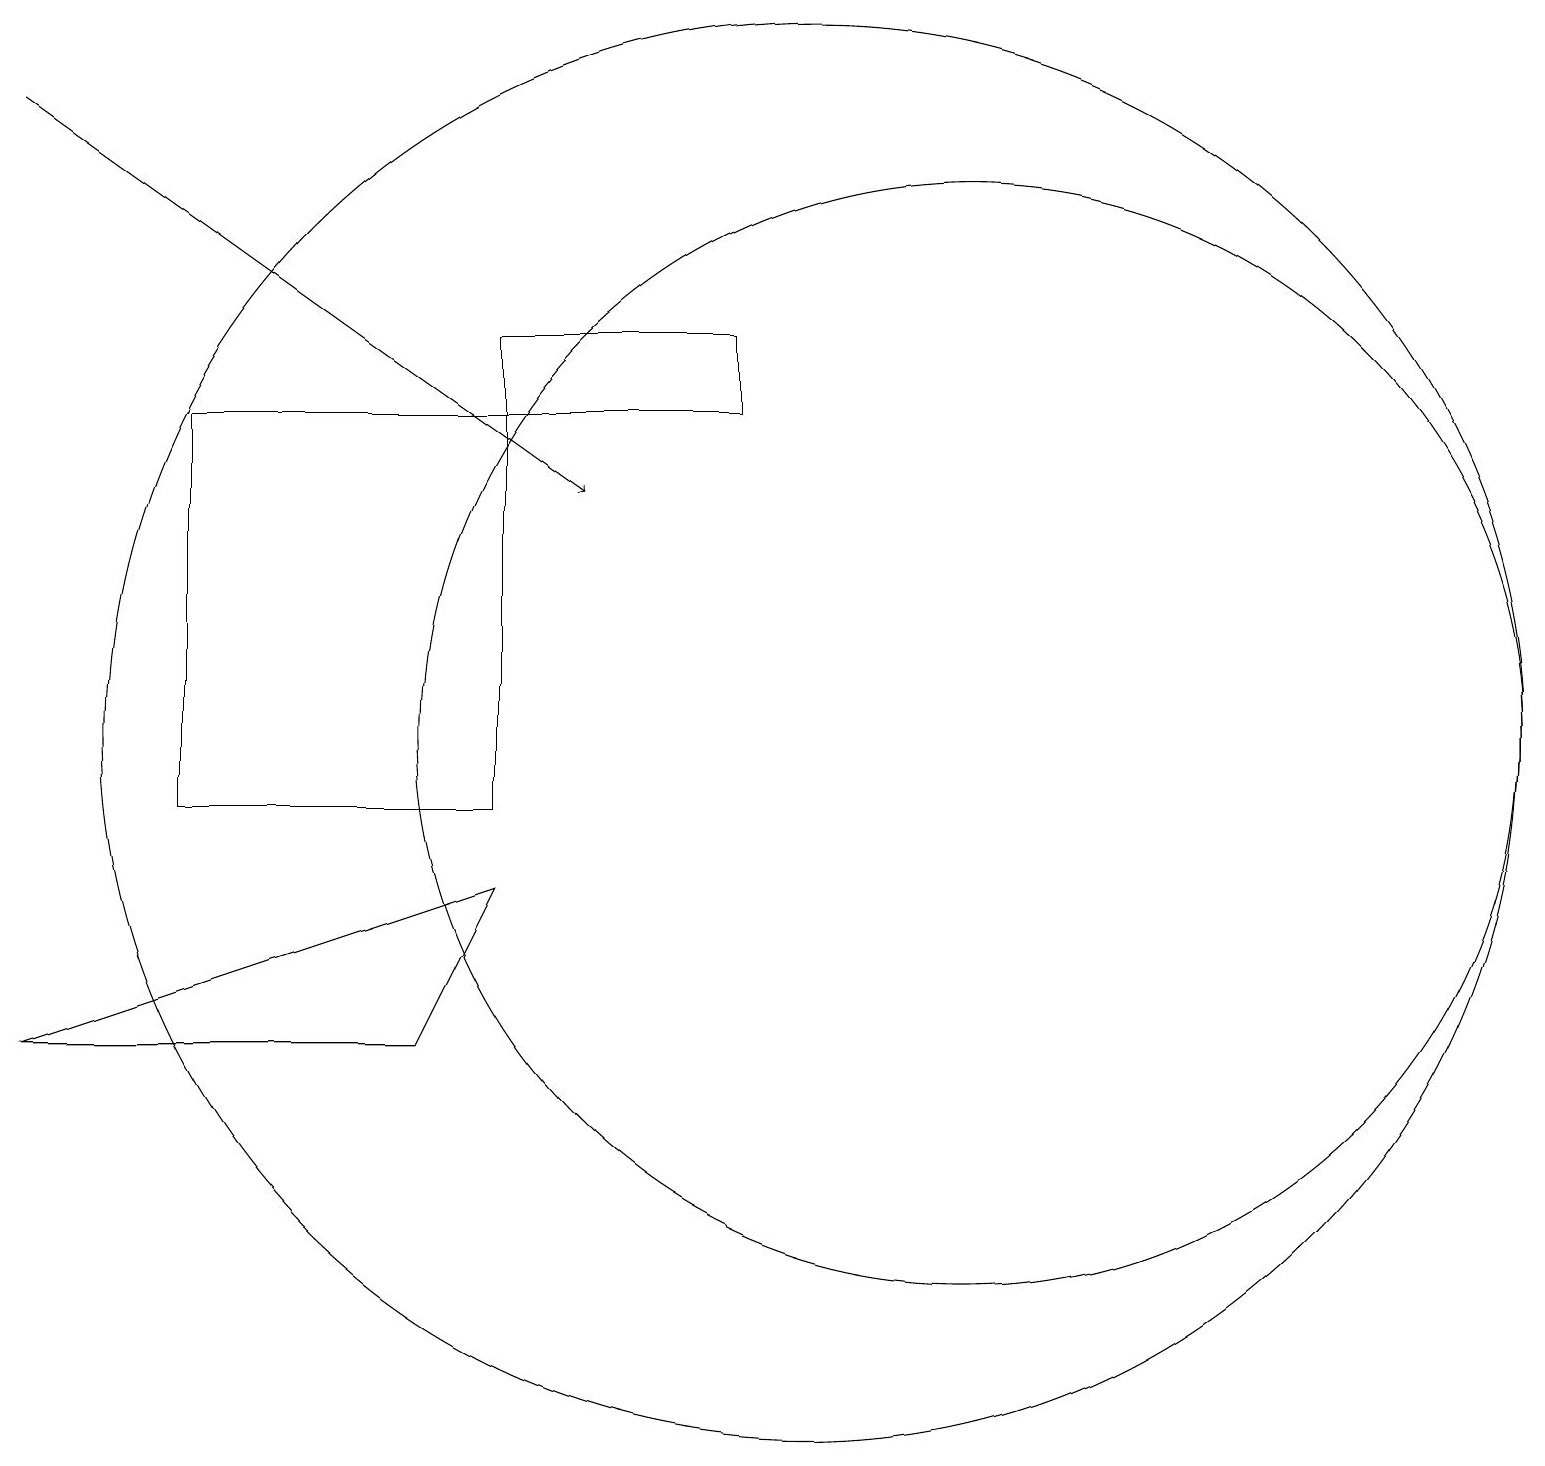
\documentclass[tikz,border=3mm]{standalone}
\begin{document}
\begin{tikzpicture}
\draw (0,7) -- (6,9) -- (5,7) -- cycle;
\draw (2,10) rectangle (6,15);
\draw[->] (0,19) -- (7,14);
\draw (9,16) rectangle (6,15);
\draw (12,11) circle (7);
\draw (10,11) circle (9);
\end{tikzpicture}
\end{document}